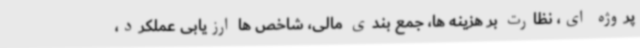
پروژه ای، نظارت بر هزینه ها، جمع بندی مالی، شاخص ها ارزیابی عملکرد،